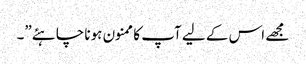
مجھے اس کے لیے آپ کا ممنون ہونا چاہئے”۔